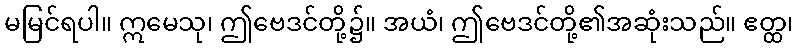
မမြင်ရပါ။ ဣမေသု၊ ဤဗေဒင်တို့၌။ အယံ၊ ဤဗေဒင်တို့၏အဆုံးသည်။ ဧတ္ထ၊